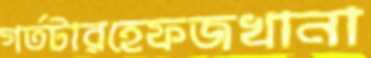
গর্তটারহেফজখানা